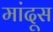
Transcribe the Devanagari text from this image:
मांदूस